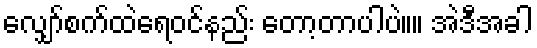
လျှော်စက်ထဲရေ၀င်နည်း တော့တာပါပဲ။။ အဲဒီအခါ